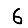
Digit: 6